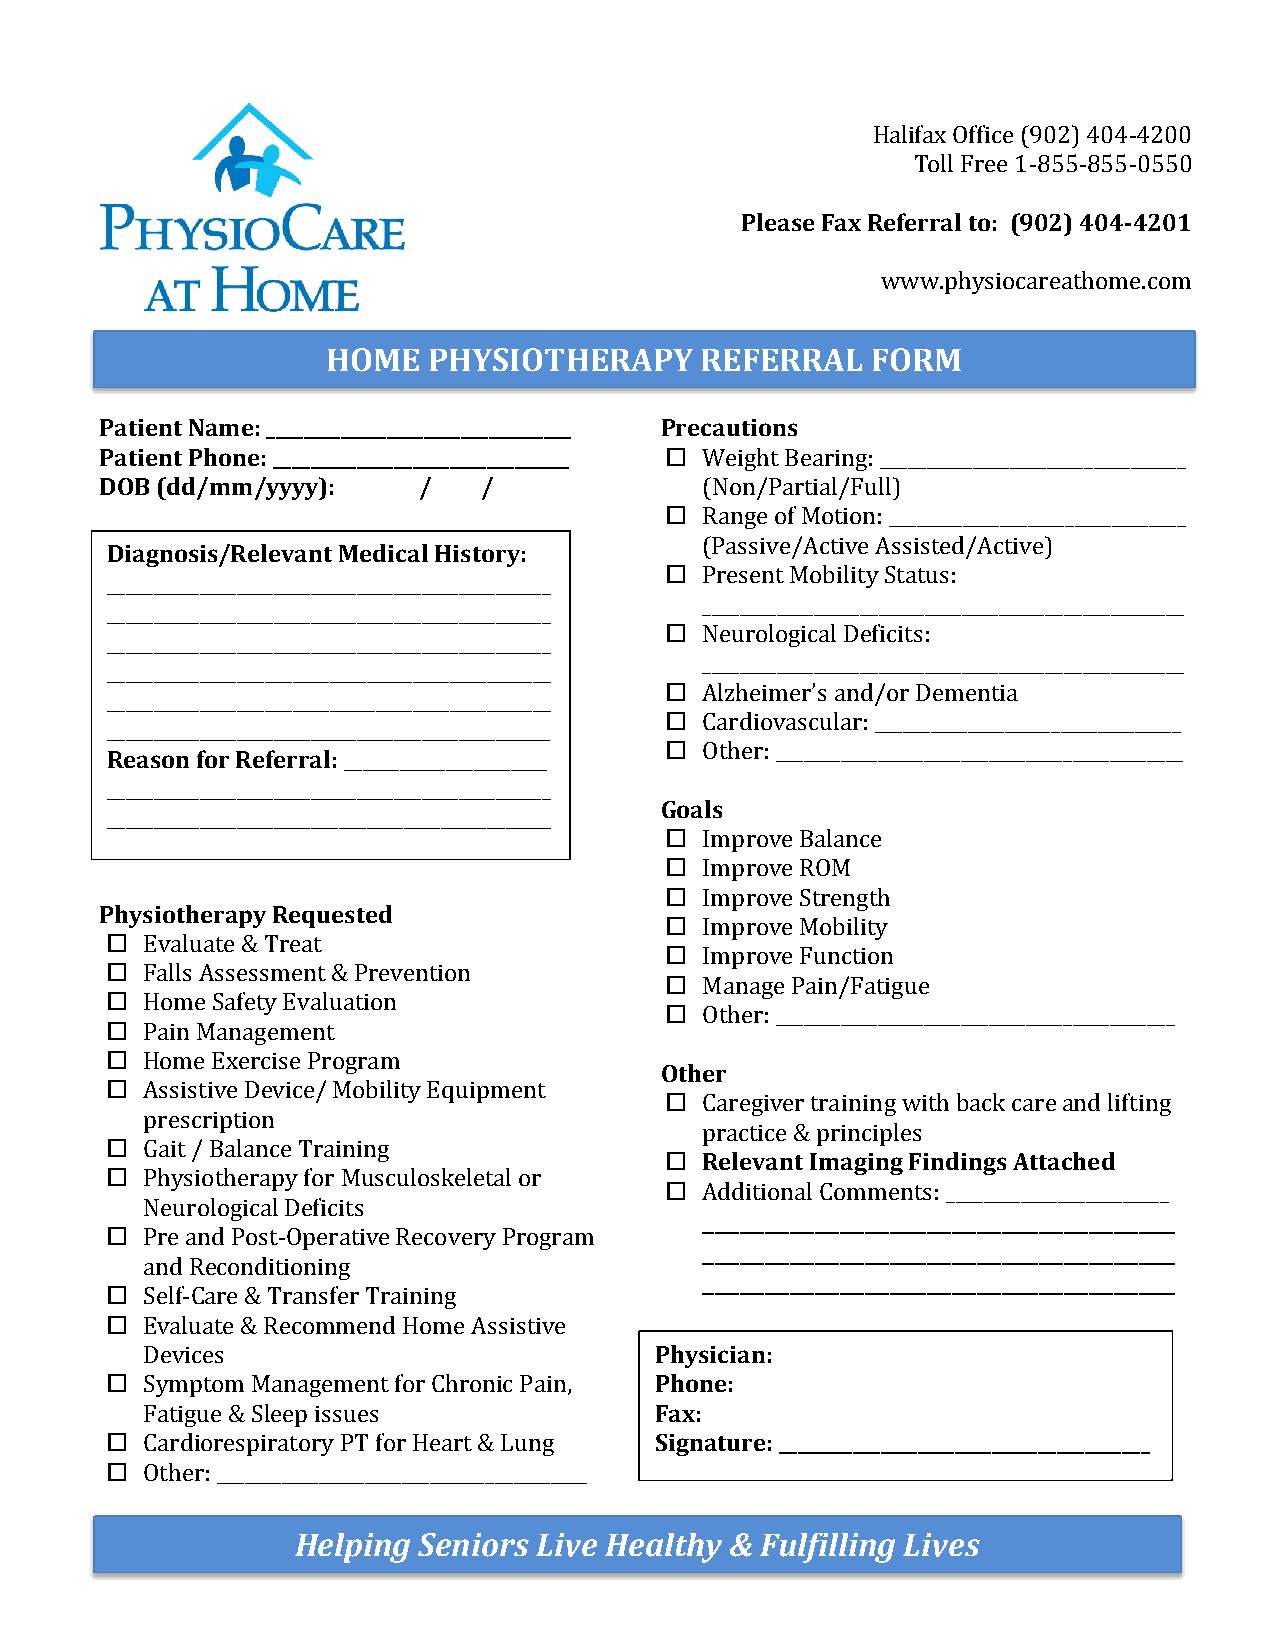
Halifax Office (902) 404-4200
 Toll Free 1-855-855-0550
 Please Fax Referral to: (902) 404-4201
 www.physiocareathome.com
 HOME  PHYSIOTHERAPY     REFERRAL    FORM
 Patient Name: _________________________________ Precautions
 Patient Phone: ________________________________  Weight Bearing: _________________________________
 DOB (dd/mm/yyyy):    /   /              (Non/Partial/Full)
   Range of Motion: ________________________________
 (Passive/Active Assisted/Active)
 Diagnosis/Relevant Medical History:
   Present Mobility Status:
 ________________________________________________
 ____________________________________________________
 ________________________________________________
   Neurological Deficits:
 ________________________________________________
 ____________________________________________________
 ________________________________________________
   Alzheimer’s and/or Dementia
 ________________________________________________
   Cardiovascular: _________________________________
 ________________________________________________
   Other: ____________________________________________
 Reason for Referral: ______________________
 ________________________________________________
 Goals
 ________________________________________________
   Improve Balance
   Improve ROM
   Improve Strength
 Physiotherapy Requested
   Improve Mobility
  Evaluate & Treat
   Improve Function
  Falls Assessment & Prevention
   Manage Pain/Fatigue
  Home Safety Evaluation
   Other: ___________________________________________
  Pain Management
  Home Exercise Program
 Other
  Assistive Device/ Mobility Equipment
   Caregiver training with back care and lifting
 prescription
 practice & principles
  Gait / Balance Training
   Relevant Imaging Findings Attached
  Physiotherapy for Musculoskeletal or
   Additional Comments: ________________________
 Neurological Deficits
 ______________________________________
  Pre and Post-Operative Recovery Program
 ______________________________________
 and Reconditioning
 ______________________________________
  Self-Care & Transfer Training
  Evaluate & Recommend Home Assistive
 Devices                           Physician:
  Symptom Management for Chronic Pain, Phone:
 Fatigue & Sleep issues            Fax:
  Cardiorespiratory PT for Heart & Lung Signature: ________________________________________
  Other: ________________________________________
 Helping Seniors Live Healthy & Fulfilling Lives